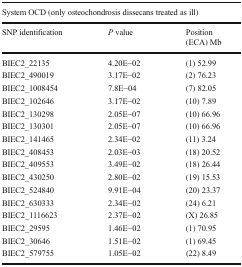
<table><thead><tr><td colspan="3"><b>System OCD (only osteochondrosis dissecans treated as ill)</b></td></tr><tr><td><b>SNP identification</b></td><td><b><i>P</i> value</b></td><td><b>Position(ECA) Mb</b></td></tr></thead><tbody><tr><td>BIEC2_22135</td><td>4.20E−02</td><td>(1) 52.99</td></tr><tr><td>BIEC2_490019</td><td>3.17E−02</td><td>(2) 76.23</td></tr><tr><td>BIEC2_1008454</td><td>7.8E−04</td><td>(7) 82.05</td></tr><tr><td>BIEC2_102646</td><td>3.17E−02</td><td>(10) 7.89</td></tr><tr><td>BIEC2_130298</td><td>2.05E−07</td><td>(10) 66.96</td></tr><tr><td>BIEC2_130301</td><td>2.05E−07</td><td>(10) 66.96</td></tr><tr><td>BIEC2_141465</td><td>2.34E−02</td><td>(11) 3.24</td></tr><tr><td>BIEC2_408453</td><td>2.03E−03</td><td>(18) 20.52</td></tr><tr><td>BIEC2_409553</td><td>3.49E−02</td><td>(18) 26.44</td></tr><tr><td>BIEC2_430250</td><td>2.80E−02</td><td>(19) 15.53</td></tr><tr><td>BIEC2_524840</td><td>9.91E−04</td><td>(20) 23.37</td></tr><tr><td>BIEC2_630333</td><td>2.34E−02</td><td>(24) 6.21</td></tr><tr><td>BIEC2_1116623</td><td>2.37E−02</td><td>(X) 26.85</td></tr><tr><td>BIEC2_29595</td><td>1.46E−02</td><td>(1) 70.95</td></tr><tr><td>BIEC2_30646</td><td>1.51E−02</td><td>(1) 69.45</td></tr><tr><td>BIEC2_579755</td><td>1.05E−02</td><td>(22) 8.49</td></tr></tbody></table>